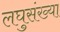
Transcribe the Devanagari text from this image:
लघुसंख्या